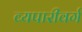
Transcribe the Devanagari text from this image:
व्यपारीवर्ग